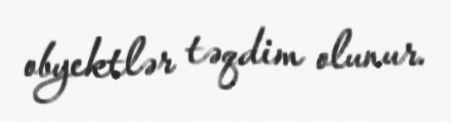
obyektlər təqdim olunur.